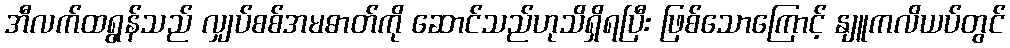
အီလက်ထရွန်သည် လျှပ်စစ်အမဓာတ်ကို ဆောင်သည်ဟုသိရှိရပြီး ဖြစ်သောကြောင့် နျူကလိယပ်တွင်